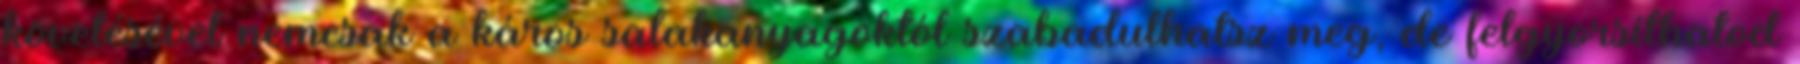
követésével nemcsak a káros salakanyagoktól szabadulhatsz meg, de felgyorsíthatod